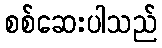
စစ်ဆေးပါသည်